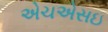
એચએસઇ